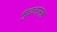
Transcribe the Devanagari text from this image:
मुद्दलासह